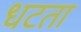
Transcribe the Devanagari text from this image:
धटता